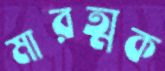
মারত্মক